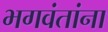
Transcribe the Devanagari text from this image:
भगवंतांना